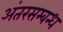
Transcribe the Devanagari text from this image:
अंतरसम्बन्ध